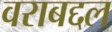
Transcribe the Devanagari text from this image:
वराबद्दल